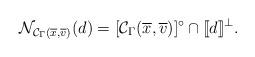
LaTeX: \begin{align*} \mathcal{N}_{\mathcal{C}_{\Gamma}(\overline{x},\overline{v})}(d) =[\mathcal{C}_{\Gamma}(\overline{x},\overline{v})]^{\circ}\cap[\![d]\!]^{\perp}. \end{align*}